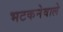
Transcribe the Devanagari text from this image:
भटकनेवाले